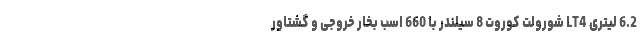
6.2 لیتری LT4 شورولت کوروت 8 سیلندر با 660 اسب بخار خروجی و گشتاور